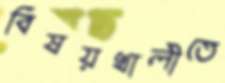
বিষয়খালীতে